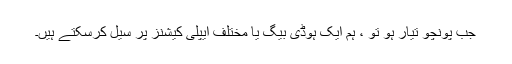
جب پونچو تیار ہو تو ، ہم ایک ہوڈی بیگ یا مختلف ایپلی کیشنز پر سیل کرسکتے ہیں۔